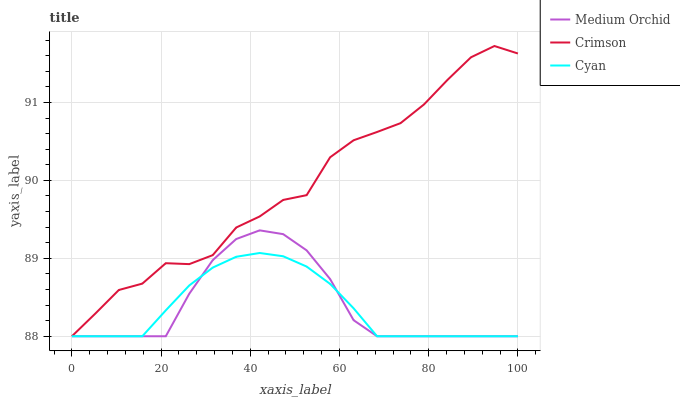
| xaxis_label | Medium Orchid | Crimson | Cyan |
 | --- | --- | --- | --- |
 | 0 | 88 | 88 | 88 |
 | 5.26 | 88 | 88.3 | 88 |
 | 10.5 | 88 | 88.6 | 88 |
 | 15.8 | 88 | 88.7 | 88 |
 | 21.1 | 88 | 88.9 | 88.3 |
 | 26.3 | 88.5 | 88.9 | 88.7 |
 | 31.6 | 89 | 89 | 88.9 |
 | 36.8 | 89.2 | 89.4 | 89 |
 | 42.1 | 89.4 | 89.5 | 89.1 |
 | 47.4 | 89.3 | 89.7 | 89 |
 | 52.6 | 89.1 | 89.8 | 88.9 |
 | 57.9 | 88.7 | 90.3 | 88.7 |
 | 63.2 | 88.2 | 90.5 | 88.4 |
 | 68.4 | 88 | 90.6 | 88 |
 | 73.7 | 88 | 90.7 | 88 |
 | 78.9 | 88 | 91 | 88 |
 | 84.2 | 88 | 91.3 | 88 |
 | 89.5 | 88 | 91.6 | 88 |
 | 94.7 | 88 | 91.7 | 88 |
 | 100 | 88 | 91.6 | 88 |